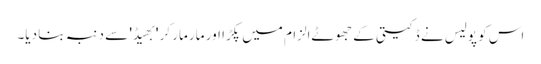
اس کو پولیس نے ڈکیتی کے جھوٹےالزام میں پکڑا اور مار مار کر 'بھیڈ' سے دنبہ بنا دیا۔